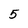
Character: 5